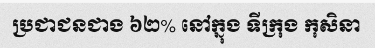
ប្រជាជនជាង ៦២% នៅក្នុង ទីក្រុង កុសិនា